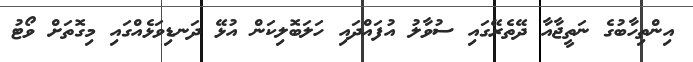
އިންތިހާބުގެ ނަތީޖާއާ ދޭތެރޭގައި ސުވާލު އުފައްދައި ހަލަބޮލިކަން އުޅޭ ދަނޑިވަޅެއްގައި މިގޮތަށް ވޯޓު